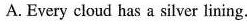
A.Every cloud has a silver lining,